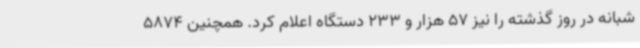
شبانه در روز گذشته را نیز 57 هزار و 233 دستگاه اعلام کرد. همچنین 5874